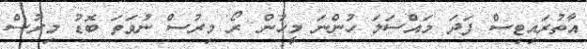
އާތުރައިޓިސް ފަދަ މައްސަލަ ހުންނަ މީހުން ރޯ މިރުސް ނުވަތަ ބޮޑު މިރުސް